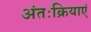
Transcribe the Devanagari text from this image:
अंतःक्रियाएं